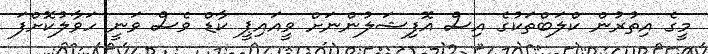
މީގެ އިތުރުން ކްލަބްތަކުގެ އިސް އޮފިޝަލުންނަށް ވީއައިޕީ ކާޑް ވެސް ވަނީ ހަވާލުކޮށްފަ